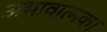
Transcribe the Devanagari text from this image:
अभावात्मक।